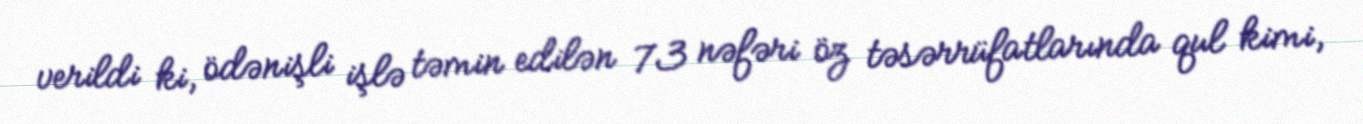
verildi ki, ödənişli işlə təmin edilən 73 nəfəri öz təsərrüfatlarında qul kimi,